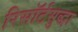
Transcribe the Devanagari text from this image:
रिसॉर्टसुद्धा